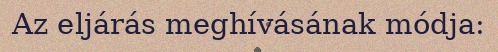
Az eljárás meghívásának módja: